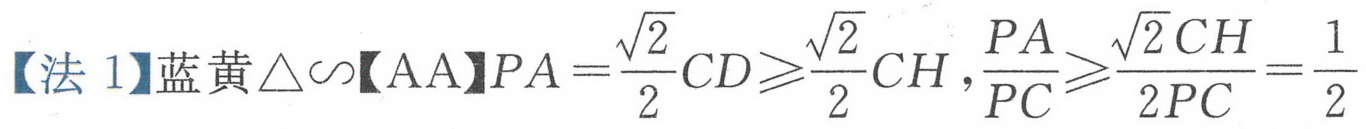
【法 1】蓝黄$\triangle \sim$【AA】$PA=\frac{\sqrt{2}}{2}CD\geqslant\frac{\sqrt{2}}{2}CH,\frac{PA}{PC}\geqslant\frac{\sqrt{2}CH}{2PC}=\frac{1}{2}$